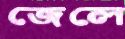
জেলে